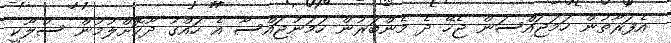
އެފަރާތުން ހަމަޖައްސަން ޖެހޭ ދެ މެންބަރުން ހަމަނުޖައްސާ އެ ހައްގު ދޫކޮށްލުމުން ސުލޫކީ